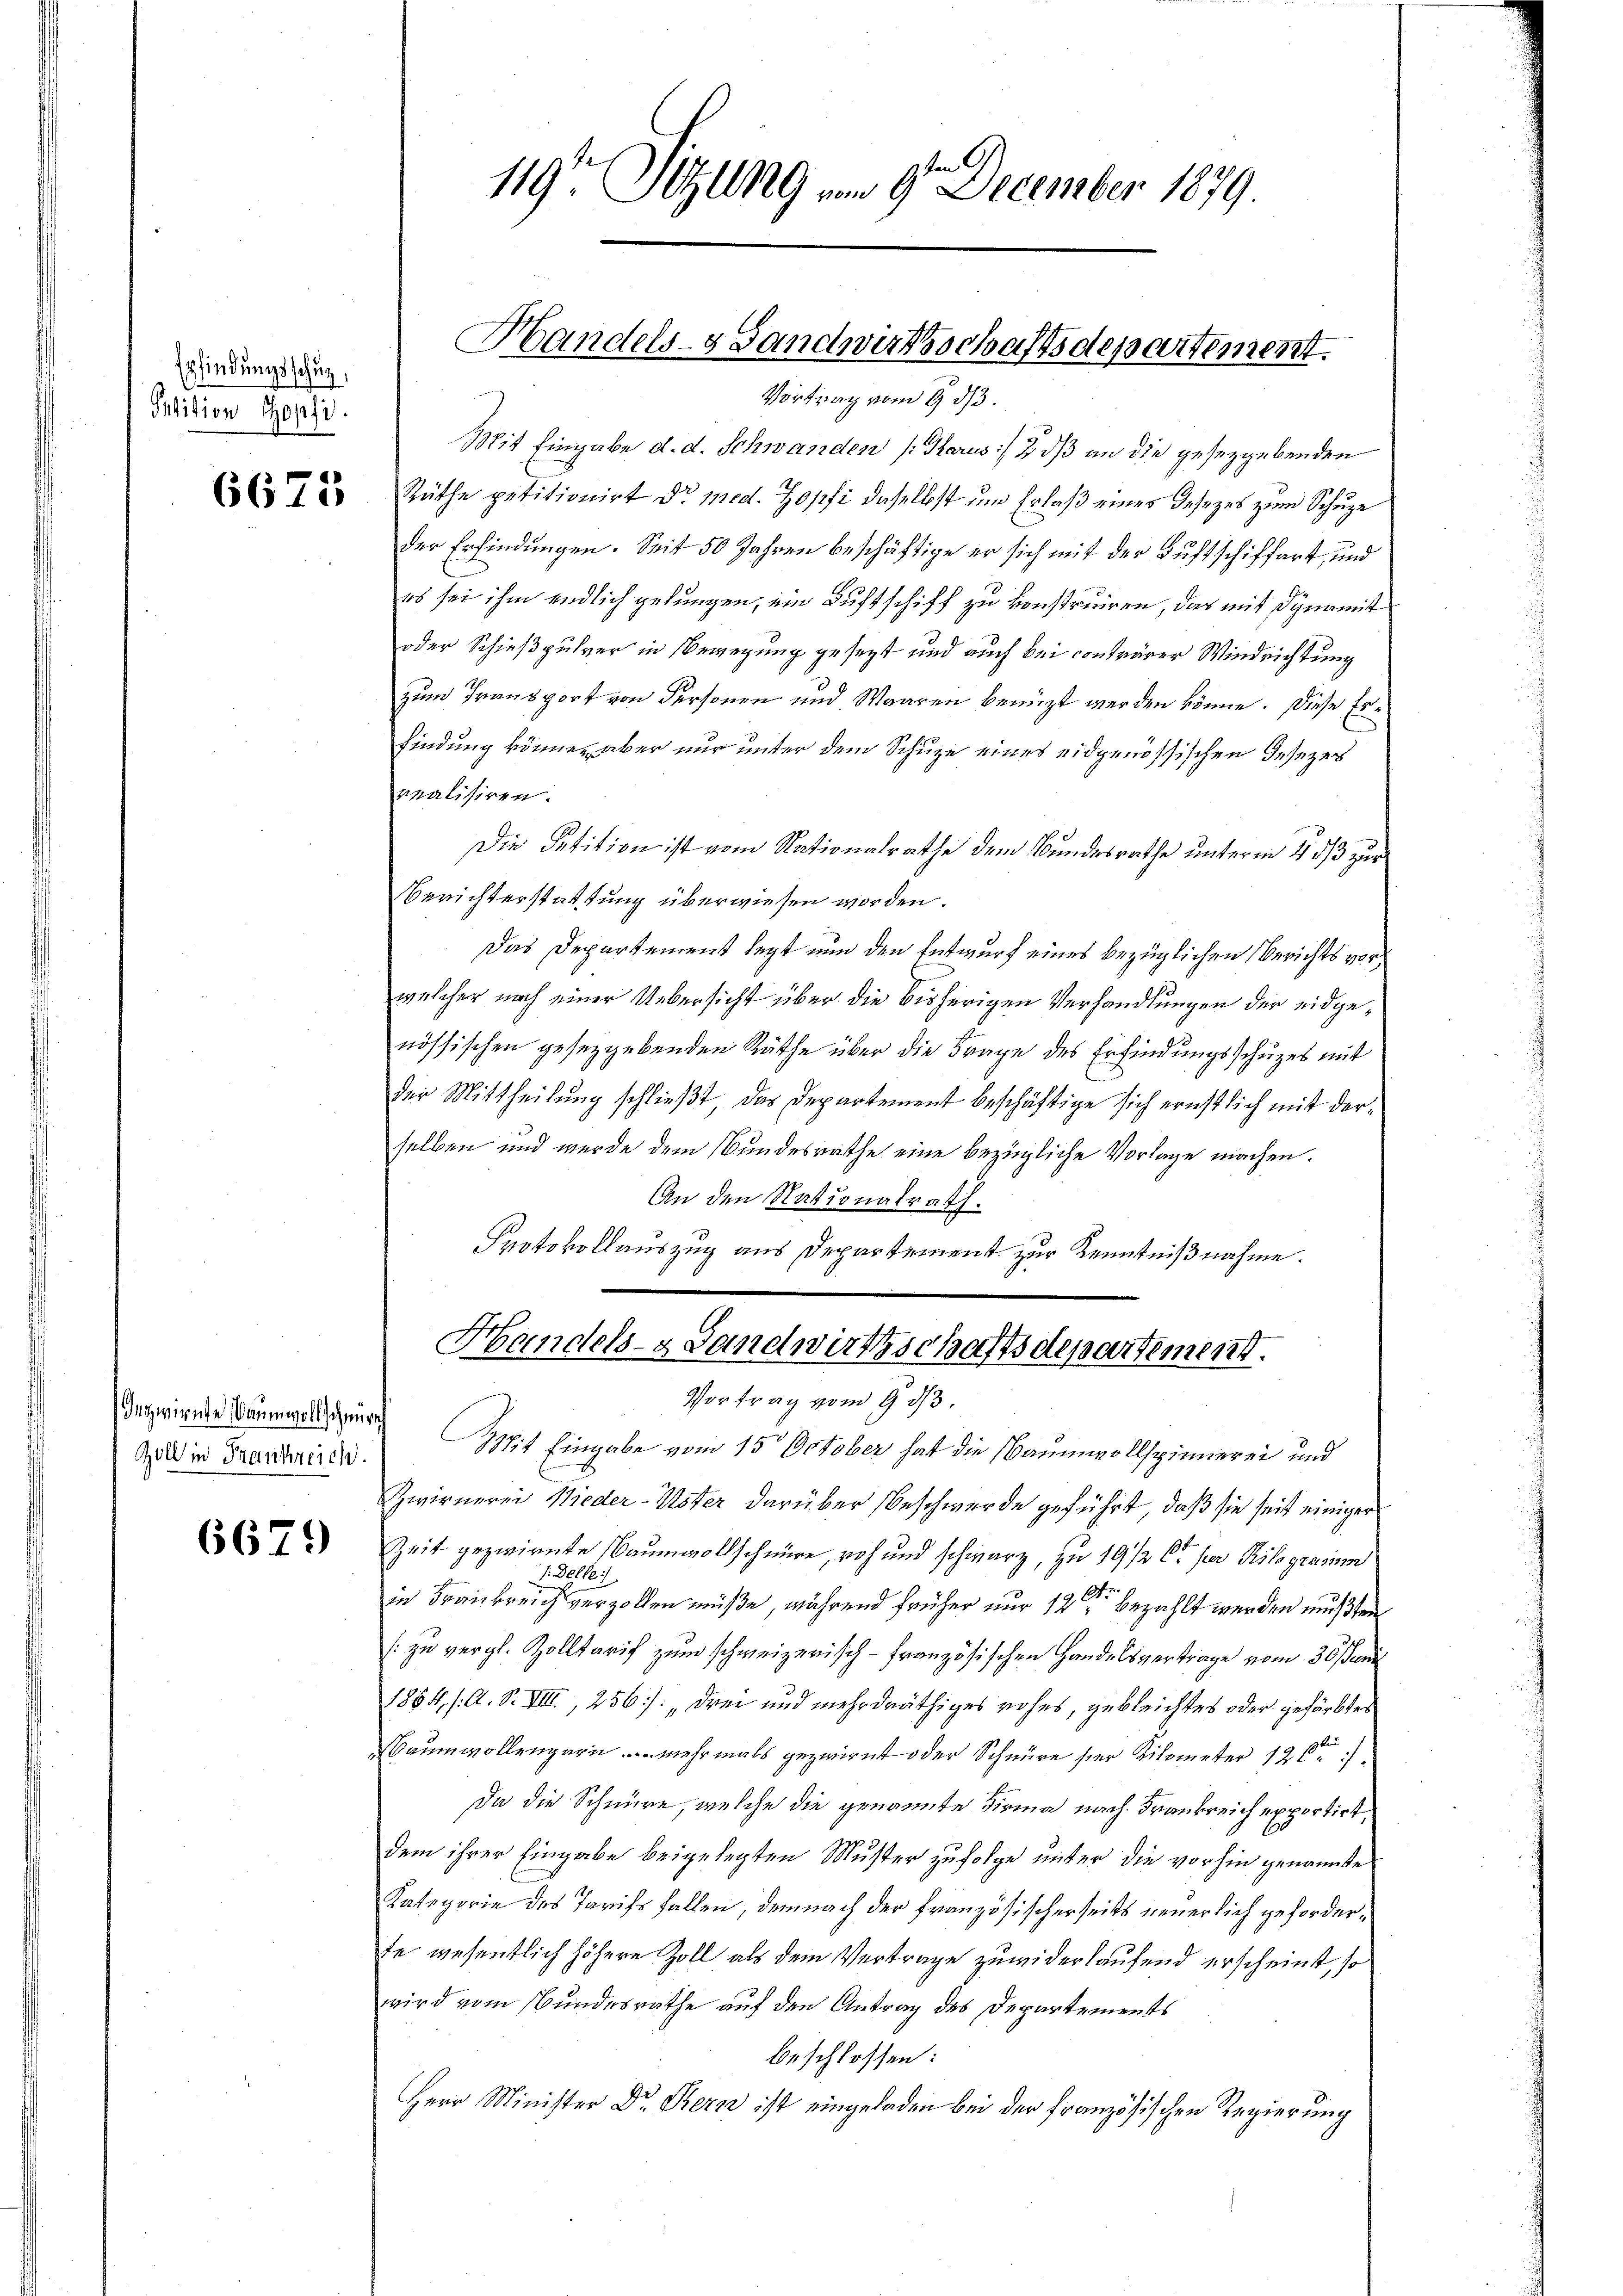
Erfindungsschuz,
Petition Zopfi

6675

Inzwirnte Baumwollscheure
Zoll in Frankreich.

6679

119t Setzung vom 9. December 1879.

Handels- Landwußschaftsdepartement.
Vortrag vom 9. ds.

Mit Eingabe d. d. Schwanden (Karus :/ 2 dß an die gesetzgebenden
Räthe petitionirt dr. med. Hopfi daselbst um Erlaß eines Gesezes zum Schuze
der Erfindungen. Seit 50 Jahren beschäftige er sich mit der Luftschiffart, und
es sei ihm endlich gelungen, ein Luftschiff zu konstruiren, das mit dynamit
oder Schießpulver in Bewegung gesezt und auch bei contrarer Windrichtung
zum Transport von Personen und Waaren benuzt werden könne. Diese Erfindung können aber nur unter dem Schuze eines eidgenössischen Gesezes
vralisiren.
Die Petition ist vom Nationalrathe dem Bundesrathe unterm 4 ds zur
Berichterstattung überwiesen worden.
Das Departement legt nun den Entwurf eines bezüglichen Berichts vorwelcher nach einer Uebersicht über die bisherigen Verhandlungen der eidgenössischen gesetzgebenden Räthe über die Frage des Erfindungsschuzes mit
der Mittheilung schließt, das Departement beschäftige sich ernstlich mit derselben und wurde dem Bundesrathe eine bezügliche Vorlage machen.
An den Nationalrath.
Protokollauszug aus Departement zur Kenntnißnahme.

Handels- & Landwirthschaftsdepartement.
Vortrag vom 9. d.

Mit Eingabe vom 15. October hat die Baumwollspinnerei und
Zwirnerei Wieder-Uster darüber Beschwerde geführt, daß sie seit einiger
Zeit gezwirnte Baumwollschnüre, noch und schwarz, zu 19/2 6 per Pilogramm
1. Delle :/
in Frankreich verzollen müße, während früher nur 12 ten bezahlt werden müßten
[zu vergl. Zolltarif zum schweizerisch-Französischen Handelsvertrage vom 30. Juni
1854, /: A. S. VIII., 256): „drei und mehr dräthiges rohes, gebleichtes oder gefärbtes
Baumwollengarn ... mehrmals gezwirnt oder Schnüre hier Kilometer 120.
Da die Schnüre, welche die genannte Firma nach Frankreich exportirt,
dem ihrer Eingabe beigelegten Muster zufolge unter die vorhin genannte
Kategorie des Tarifs fallen, demnach der französischerseits neuerlich geforderte wesentlich höhere Zoll als dem Vertrage zuwiderlaufend erscheint, so
wird vom Bundesrathe auf den Antrag des Departements
beschlossen:
Herr Minister Dr. Bern ist eingeladen bei der französischen Regierung